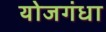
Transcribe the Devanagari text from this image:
योजगंधा